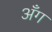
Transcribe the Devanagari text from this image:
अँग